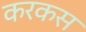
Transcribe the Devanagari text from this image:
करकस